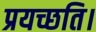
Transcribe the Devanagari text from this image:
प्रयच्छति।